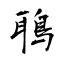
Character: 鵈